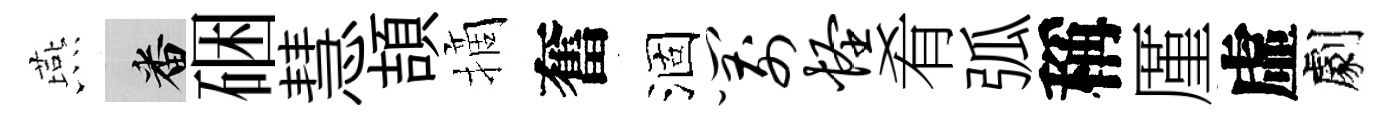
燕番硱慧頡摘奮涸箭怪肴弧稱厪虛劇